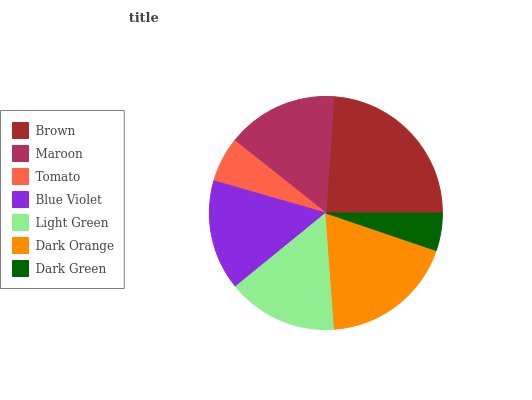
| Brown | Maroon | Tomato | Blue Violet | Light Green | Dark Orange | Dark Green |
 | --- | --- | --- | --- | --- | --- | --- |
 | 23.9% | 15.4% | 6.24% | 15.3% | 15.3% | 18.6% | 5.22% |